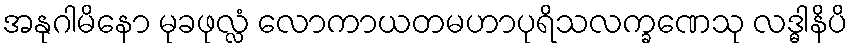
အနုဂါမိနော မုခဖုလ္လံ လောကာယတမဟာပုရိသလက္ခဏေသု လဒ္ဓါနိပိ